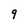
Character: 9